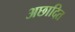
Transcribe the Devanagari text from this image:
अछादित